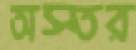
অস্তর